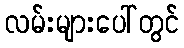
လမ်းများပေါ်တွင်